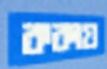
ককায়